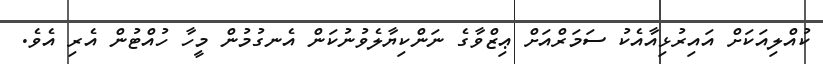
ކުއްލިއަކަށް އައިރުޅިއާއެކު ސަމަރްއަށް ޢިޒްވާގެ ނަންކިޔާލެވުނުކަން އެނގުމުން މީހާ ހުއްޓުން އެރި އެވެ.